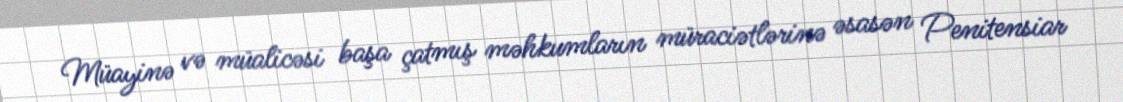
Müayinə və müalicəsi başa çatmış məhkumların müraciətlərinə əsasən Penitensiar